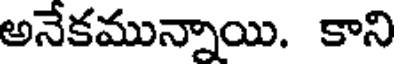
అనేకమున్నాయి. కాని